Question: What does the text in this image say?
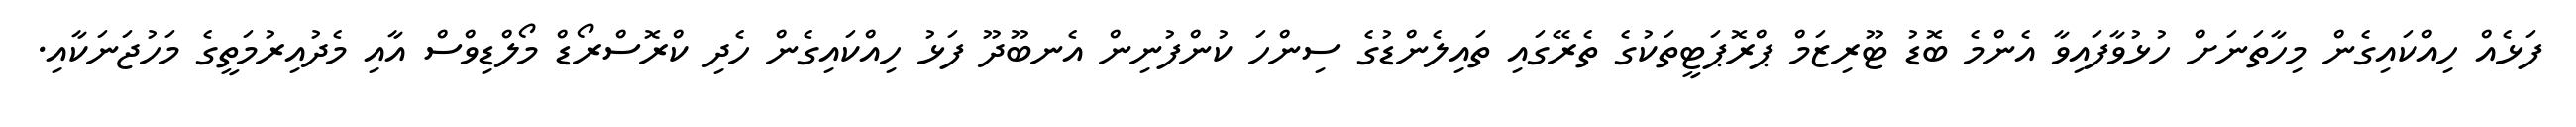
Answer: ފަޅެއް ހިއްކައިގެން މިހާތަނަށް ހުޅުވާފައިވާ އެންމެ ބޮޑު ޓޫރިޒަމް ޕްރޮޕަޓީތަކުގެ ތެރޭގައި ތައިލެންޑުގެ ސިންހަ ކުންފުނިން އެނބޫދޫ ފަޅު ހިއްކައިގެން ހެދި ކްރޮސްރޯޑް މޯލްޑިވްސް އާއި މެދުއިރުމަތީގެ މަހުޖަނަކާއި.